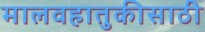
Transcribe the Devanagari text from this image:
मालवहातुकीसाठी